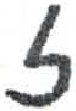
אות: ז